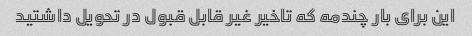
این برای بار چندمه که تاخیر غیر قابل قبول در تحویل داشتید